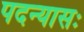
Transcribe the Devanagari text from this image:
पदन्यासः